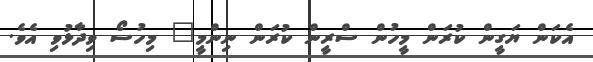
އެކަން ޔަގީން ކުރަން މީހުން ސްރީން ކުރަން ނިންމީ" މިހުސޯ ވިދާޅުވި އެވެ.